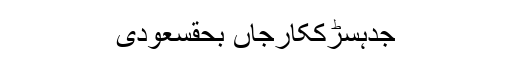
جدہسڑککارجاں بحقسعودی